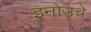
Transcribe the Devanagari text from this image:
इनोउचे